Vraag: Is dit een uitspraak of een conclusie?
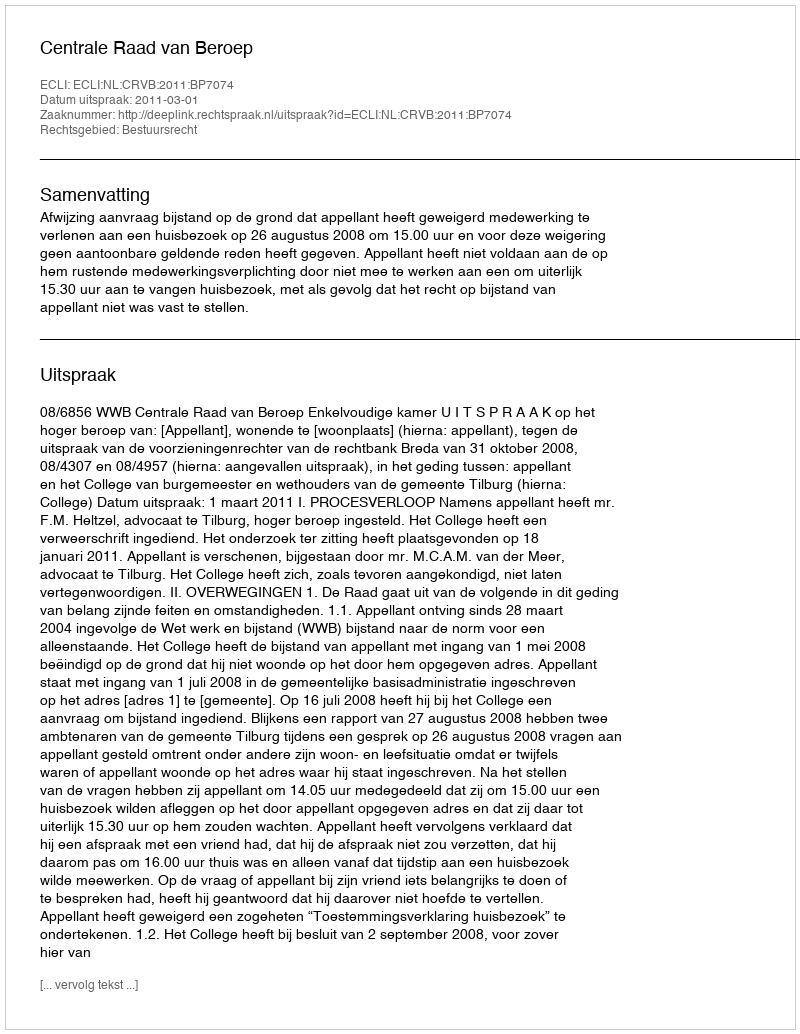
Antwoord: Uitspraak